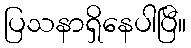
ပြသနာရှိနေပါပြီ။